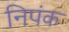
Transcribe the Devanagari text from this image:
निपंक